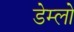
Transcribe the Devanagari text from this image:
डेम्लो